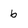
Character: b